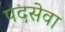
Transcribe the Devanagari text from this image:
पदसेवा